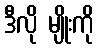
ဒီလို မျိုးကို